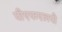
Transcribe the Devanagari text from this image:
पीएफएलपी